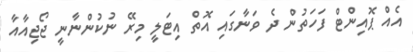
އެއް ޕޮއިންޓް ފަހަތުން ދެ ވަނާގައި އޮތް އިޓަލީ މިރޭ ނުކުންނާނީ ޖޯޖިއާއާ